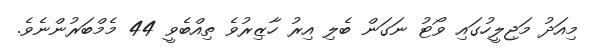
މިއަދު މަޖިލީހުގައި ވޯޓު ނަގަން ބެލި އިރު ހާޒިރުވެ ތިއްބެވީ 44 މެމްބަރުންނެވެ.